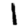
Digit: 1